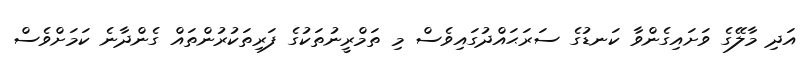
އަދި މާލޭގެ ވަށައިގެންވާ ކަނޑުގެ ސަރަޙައްދުގައިވެސް މި ތަމްރީނުތަކުގެ ފަރިތަކުރުންތައް ގެންދާނެ ކަމަށްވެސް